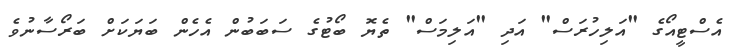
އެސްޓީއޯގެ "އަލިހުރަސް" އަދި "އަލިމަސް" ތެޔޮ ބޯޓުގެ ސަބަބުން އެހެން ބަޔަކަށް ބަރޯސާނުވެ